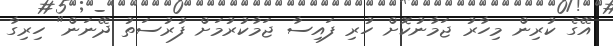
އޭގެ ކުރިން މިހާރު ޖަމާނުކޮށް ހުރި ފައިސާ ޖަމާކުރުމަށް ފުރުސަތު ދޭނަން" ހިރިގާ